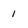
Character: 1